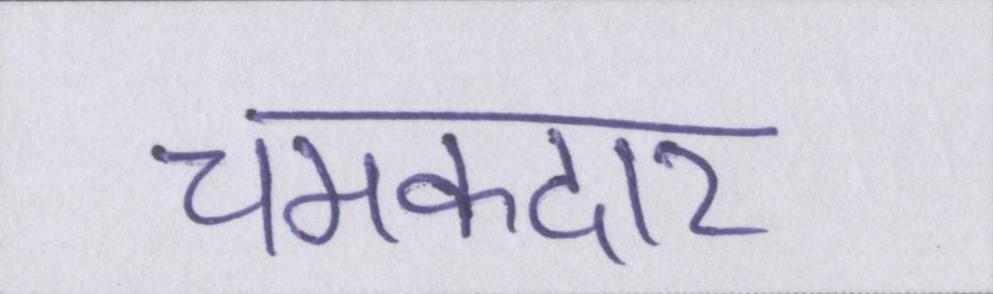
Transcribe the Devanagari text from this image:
चमकदार